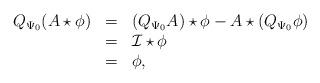
LaTeX: \begin{align*}\begin{array}{rcl}Q_{\Psi_0} (A \star \phi) & = &(Q_{\Psi_0} A) \star \phi - A \star (Q_{\Psi_0} \phi) \\& = &\cal{I} \star \phi \\& = & \phi,\end{array}\end{align*}